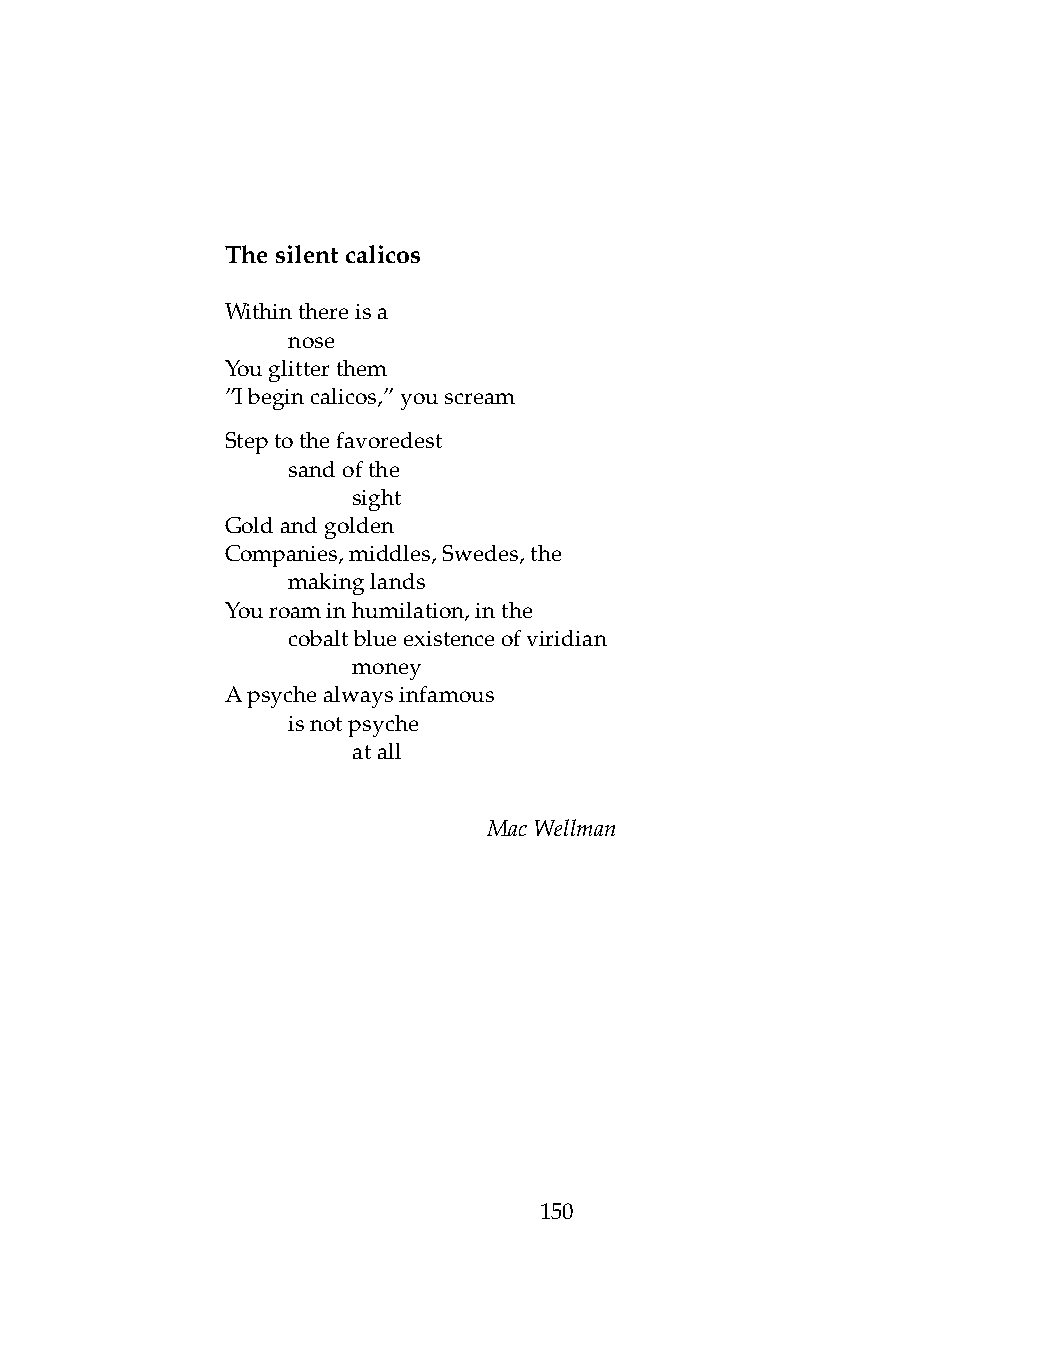
Thesilentcalicos
 Withinthereisa
 .   nose
 Youglitterthem
 ”Ibegincalicos,”youscream
 Steptothefavoredest
 .   sandofthe
 .   .   sight
 Goldandgolden
 Companies,middles,Swedes,the
 .   makinglands
 Youroaminhumilation,inthe
 .   cobaltblueexistenceofviridian
 .   .   money
 Apsychealwaysinfamous
 .   isnotpsyche
 .   .   atall
 MacWellman
 150